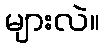
များလဲ။